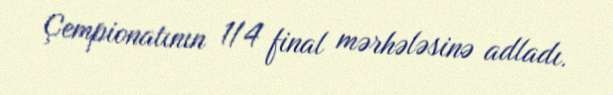
Çempionatının 1/4 final mərhələsinə adladı.